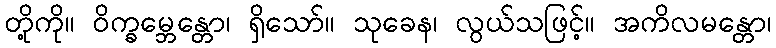
တို့ကို။ ဝိက္ခမ္ဘေန္တော၊ ရှိသော်။ သုခေန၊ လွယ်သဖြင့်။ အကိလမန္တော၊